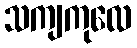
သကျကုလေ